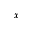
_ x